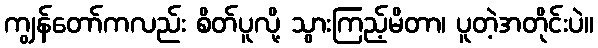
ကျွန်တော်ကလည်း စိတ်ပူလို့ သွားကြည့်မိတာ၊ ပူတဲ့အတိုင်းပဲ။